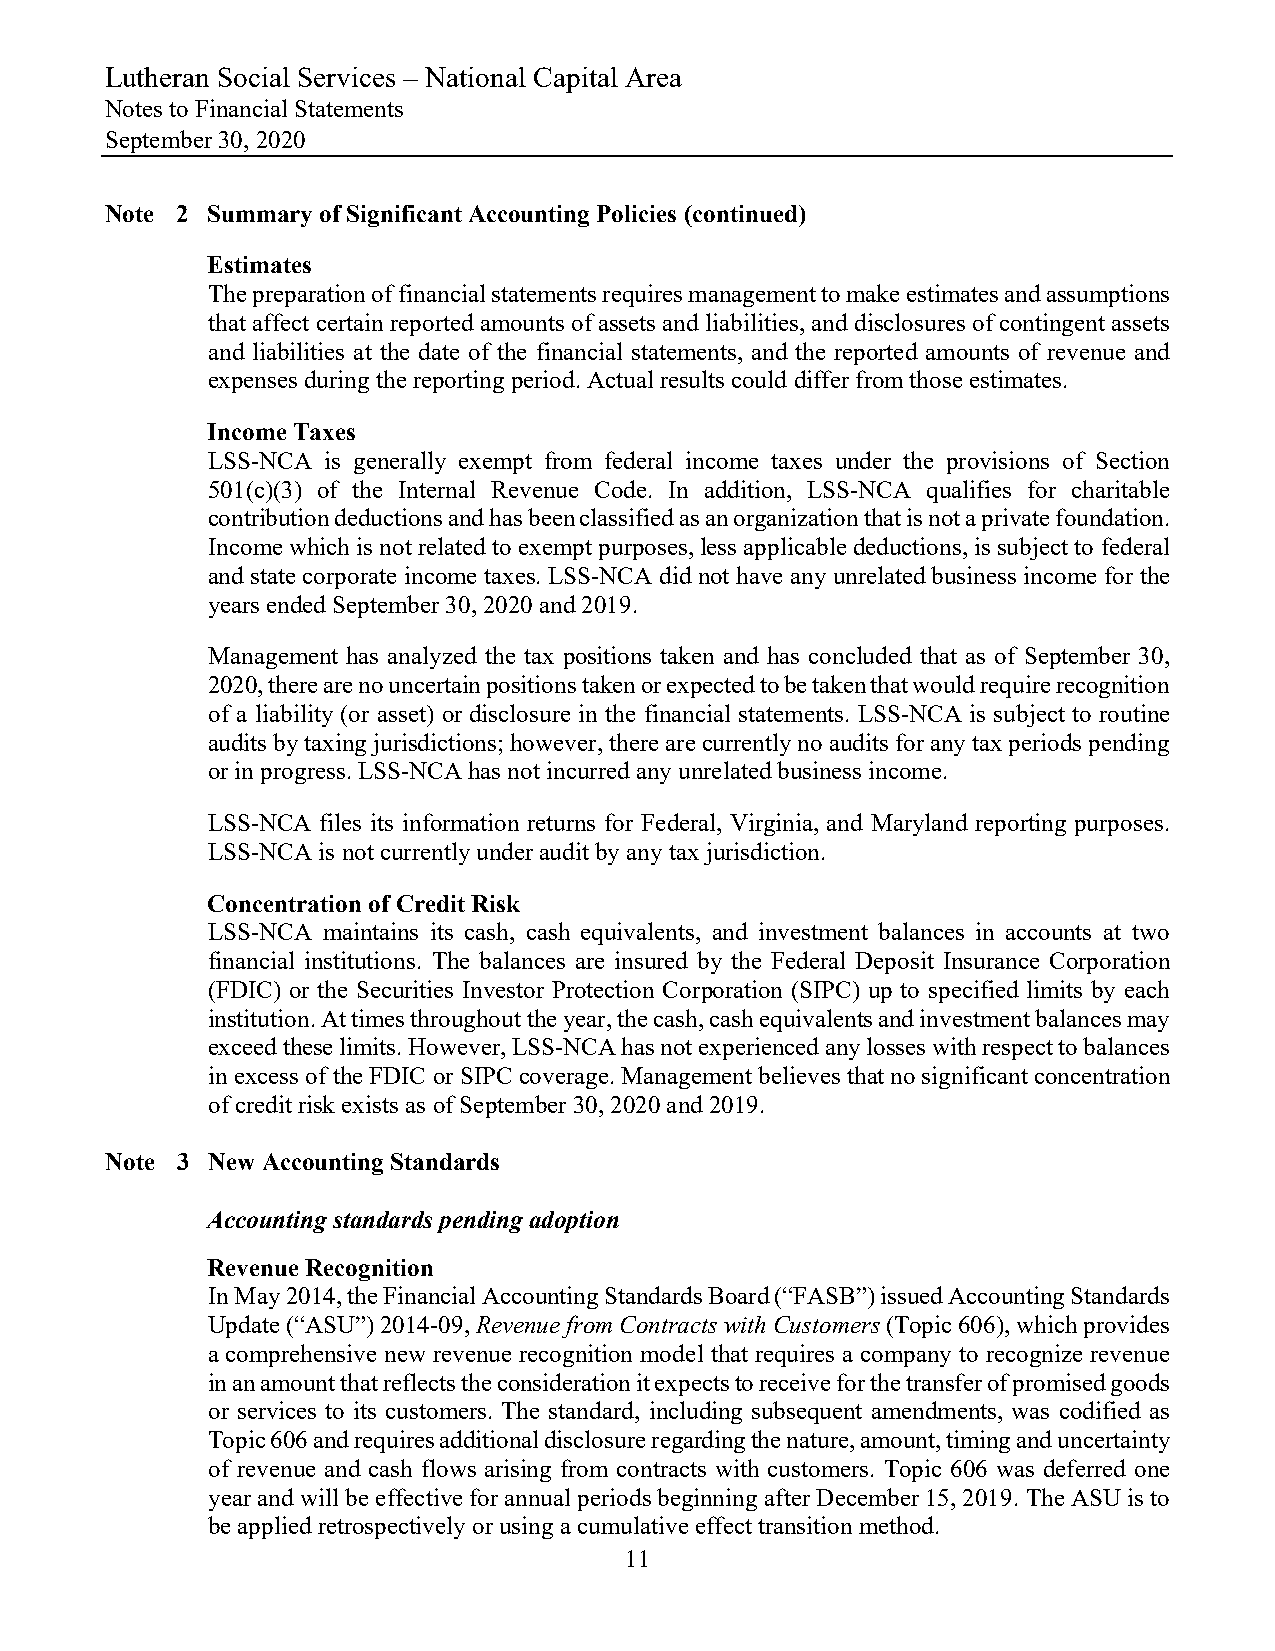
Lutheran Social Services – National Capital Area
 Notes to Financial Statements
 September 30, 2020
 Note 2 Summary of Significant Accounting Policies (continued)
 Estimates
 The preparation of financial statements requires management to make estimates and assumptions
 that affect certain reported amounts of assets and liabilities, and disclosures of contingent assets
 and liabilities at the date of the financial statements, and the reported amounts of revenue and
 expenses during the reporting period. Actual results could differ from those estimates.
 Income Taxes
 LSS-NCA is generally exempt from federal income taxes under the provisions of Section
 501(c)(3) of the Internal Revenue Code. In addition, LSS-NCA qualifies for charitable
 contribution deductions and has been classified as an organization that is not a private foundation.
 Income which is not related to exempt purposes, less applicable deductions, is subject to federal
 and state corporate income taxes. LSS-NCA did not have any unrelated business income for the
 years ended September 30, 2020 and 2019.
 Management has analyzed the tax positions taken and has concluded that as of September 30,
 2020, there are no uncertain positions taken or expected to be taken that would require recognition
 of a liability (or asset) or disclosure in the financial statements. LSS-NCA is subject to routine
 audits by taxing jurisdictions; however, there are currently no audits for any tax periods pending
 or in progress. LSS-NCA has not incurred any unrelated business income.
 LSS-NCA files its information returns for Federal, Virginia, and Maryland reporting purposes.
 LSS-NCA is not currently under audit by any tax jurisdiction.
 Concentration of Credit Risk
 LSS-NCA maintains its cash, cash equivalents, and investment balances in accounts at two
 financial institutions. The balances are insured by the Federal Deposit Insurance Corporation
 (FDIC) or the Securities Investor Protection Corporation (SIPC) up to specified limits by each
 institution. At times throughout the year, the cash, cash equivalents and investment balances may
 exceed these limits. However, LSS-NCA has not experienced any losses with respect to balances
 in excess of the FDIC or SIPC coverage. Management believes that no significant concentration
 of credit risk exists as of September 30, 2020 and 2019.
 Note 3 New Accounting Standards
 Accounting standards pending adoption
 Revenue Recognition
 In May 2014, the Financial Accounting Standards Board (“FASB”) issued Accounting Standards
 Update (“ASU”) 2014-09, Revenue from Contracts with Customers (Topic 606), which provides
 a comprehensive new revenue recognition model that requires a company to recognize revenue
 in an amount that reflects the consideration it expects to receive for the transfer of promised goods
 or services to its customers. The standard, including subsequent amendments, was codified as
 Topic 606 and requires additional disclosure regarding the nature, amount, timing and uncertainty
 of revenue and cash flows arising from contracts with customers. Topic 606 was deferred one
 year and will be effective for annual periods beginning after December 15, 2019. The ASU is to
 be applied retrospectively or using a cumulative effect transition method.
 11